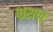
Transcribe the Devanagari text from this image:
भ्रशन